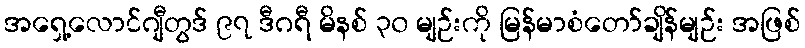
အရှေ့လောင်ဂျီတွဒ် ၉၇ ဒီဂရီ မိနစ် ၃၀ မျဉ်းကို မြန်မာစံတော်ချိန်မျဉ်း အဖြစ်